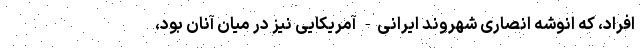
افراد، که انوشه انصاری شهروند ایرانی- آمریکایی نیز در میان آنان بود،